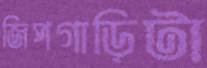
জিপগাড়িটা